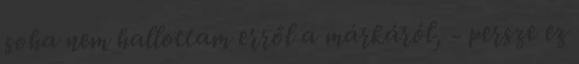
soha nem hallottam erről a márkáról, - persze ez